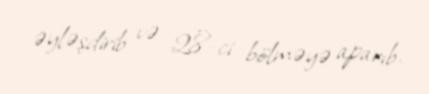
əyləşdirib və 28-ci bölməyə aparıb.